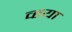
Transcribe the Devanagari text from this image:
व्हया